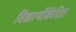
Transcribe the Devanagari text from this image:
विद्यार्थीकेंद्रित